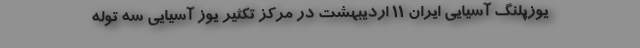
یوزپلنگ آسیایی ایران ۱۱ اردیبهشت در مرکز تکثیر یوز آسیایی سه توله